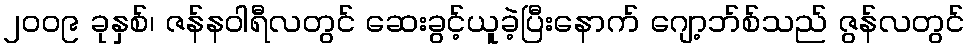
၂၀၀၉ ခုနှစ်၊ ဇန်နဝါရီလတွင် ဆေးခွင့်ယူခဲ့ပြီးနောက် ဂျော့ဘ်စ်သည် ဇွန်လတွင်